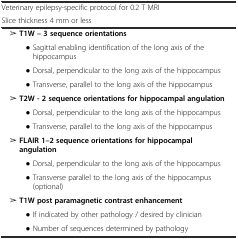
| Veterinary epilepsy-specific protocol for 0.2 T MRI |  |
 | Slice thickness 4 mm or less |  |
 | --- | --- |
 | ➢ T1W – 3 sequence orientations |  |
 | ● Sagittal enabling identification of the long axis of the hippocampus |  |
 | ● Dorsal, perpendicular to the long axis of the hippocampus |  |
 | ● Transverse, parallel to the long axis of the hippocampus |  |
 | ➢ T2W - 2 sequence orientations for hippocampal angulation |  |
 | ● Dorsal, perpendicular to the long axis of the hippocampus |  |
 | ● Transverse, parallel to the long axis of the hippocampus |  |
 | ➢ FLAIR 1–2 sequence orientations for hippocampal angulation |  |
 | ● Dorsal, perpendicular to the long axis of the hippocampus |  |
 | ● Transverse parallel to the long axis of the hippocampus (optional) |  |
 | ➢ T1W post paramagnetic contrast enhancement |  |
 | ● If indicated by other pathology / desired by clinician |  |
 | ● Number of sequences determined by pathology |  |